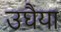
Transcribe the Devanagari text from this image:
उघैया